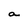
Character: a